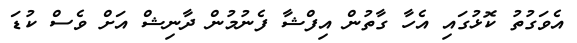
އެވަގުތު ކޮޅުގައި އެހާ ގާތުން އިފްޝާ ފެނުމުން ދާނިޝް އަށް ވެސް ކުޑަ